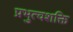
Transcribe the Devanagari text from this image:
प्रभुत्वशक्ति